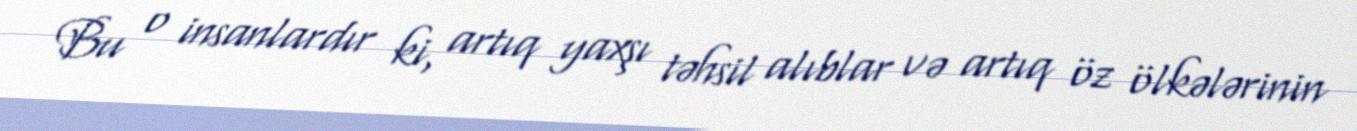
Bu o insanlardır ki, artıq yaxşı təhsil alıblar və artıq öz ölkələrinin